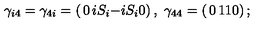
\gamma _ { i 4 } = \gamma _ { 4 i } = \left( \begin{matrix} { 0 } & { i S _ { i } } \\ { - i S _ { i } } & { 0 } \\ \end{matrix} \right) , \ \gamma _ { 4 4 } = \left( \begin{matrix} { 0 } & { 1 } \\ { 1 } & { 0 } \\ \end{matrix} \right) ;